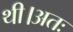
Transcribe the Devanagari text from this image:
थी।अतः